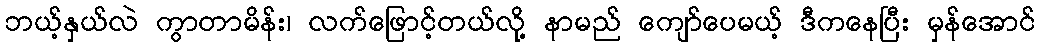
ဘယ့်နှယ်လဲ ကွာတာမိန်း၊ လက်ဖြောင့်တယ်လို့ နာမည် ကျော်ပေမယ့် ဒီကနေပြီး မှန်အောင်